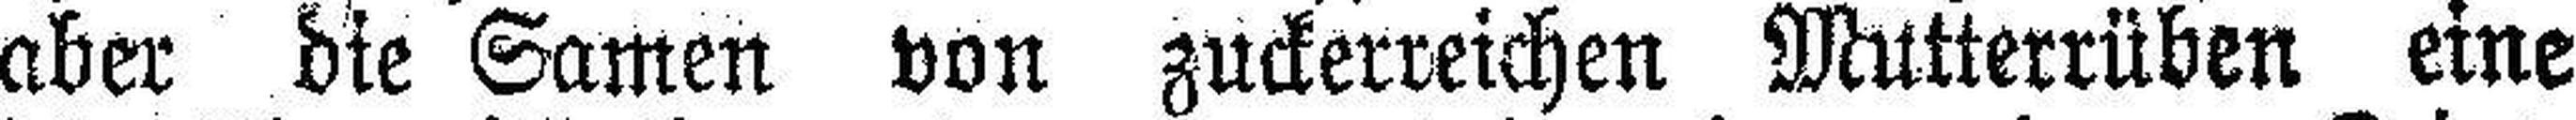
aber die Samen von zuckerreichen Mutterrüben eine